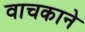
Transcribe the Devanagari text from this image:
वाचकाने